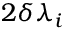
2 \delta \lambda _ { i }